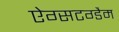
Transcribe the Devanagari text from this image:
ऐग्सटग्डैम